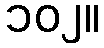
၁၀၂။